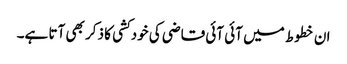
ان خطوط میں آئی آئی قاضی کی خودکشی کا ذکر بھی آتا ہے۔